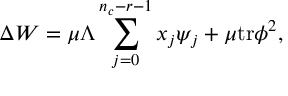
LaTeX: \Delta W = \mu \Lambda \sum _ { j = 0 } ^ { n _ { c } - r - 1 } x _ { j } \psi _ { j } + \mu \mathrm { t r } \phi ^ { 2 } ,